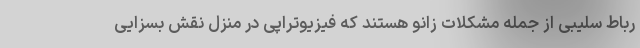
رباط سلیبی از جمله مشکلات زانو هستند که فیزیوتراپی در منزل نقش بسزایی